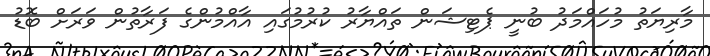
މާރިޔަތު މުހައްމަދު ބުނީ ޕެޓިޝަން ތައްޔާރު ކުރުމުގައި އާއްމުންގެ ފަރާތުން ވަރަށް ބޮޑު